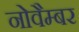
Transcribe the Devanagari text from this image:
नोवैम्बर